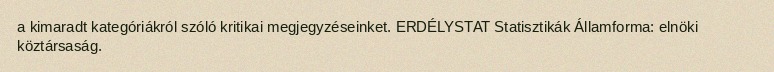
a kimaradt kategóriákról szóló kritikai megjegyzéseinket. ERDÉLYSTAT Statisztikák Államforma: elnöki köztársaság.